Elephants and their diseases
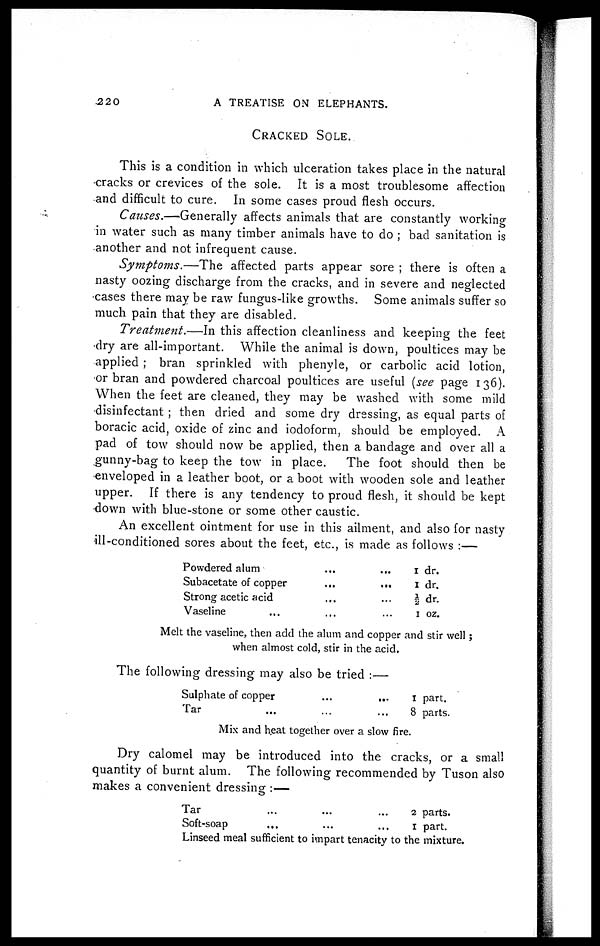
22 0
A TREATISE ON ELEPHANTS.
CRACKED SOLE.
This is a condition in which ulceration takes place in the natural
cracks or crevices of the sole. It is a most troublesome affection
and difficult to cure. In some cases proud flesh occurs.
Causes.—Generally affects animals that are constantly working
in water such as many timber animals have to do ; bad sanitation is
another and not infrequent cause.
Symptoms.—The
affected parts appear sore ; there is often a
nasty oozing discharge from the cracks, and in severe and neglected
cases there may be raw fungus-like growths. Some animals suffer so
much pain that they are disabled.
Treatment.—In this affection cleanliness and keeping the feet
dry are all-important. While the animal is down, poultices may be
applied ; bran sprinkled with phenyle, or carbolic acid lotion,
or bran and powdered charcoal poultices are useful (see page 136).
When the feet are cleaned, they may be washed with some mild
disinfectant ; then dried and some dry dressing, as equal parts of
boracic acid, oxide of zinc and iodoform, should be employed. A
pad of tow should now be applied, then a bandage and over all a
gunny-bag to keep the tow in place.
The foot should then be
enveloped in a leather boot, or a boot with wooden sole and leather
upper. If there is any tendency to proud flesh, it should be kept
down with blue-stone or some other caustic.
An excellent ointment for use in this ailment, and also for nasty
ill-conditioned sores about the feet, etc., is made as follows :—
Powdered alum ... ...
Subacetate of copper ... ...
Strong acetic acid ... ...
Vaseline ... ... ...
1 dr.
1 dr.
½ dr.
1 oz.
Melt the vaseline, then add the alum and copper and stir well ;
when almost cold, stir in the acid.
The following dressing may also be tried :—
Sulphate of copper ... ...
Tar ... ... ...
1 part.
8 parts.
Mix and heat together over a slow fire.
Dry calomel may be introduced into the cracks, or a small
quantity of burnt alum. The following recommended by Tuson also
makes a convenient dressing :—
Tar ... ...
Soft-soap ... ...
2
1
parts.
part.
Linseed meal sufficient to impart tenacity to the mixture.